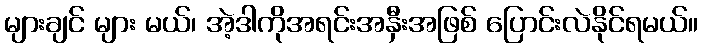
များချင် များ မယ်၊ အဲ့ဒါကိုအရင်းအနှီးအဖြစ် ပြောင်းလဲနိုင်ရမယ်။